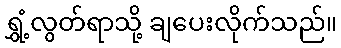
ရွှံ့လွတ်ရာသို့ ချပေးလိုက်သည်။